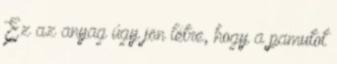
Ez az anyag úgy jön létre, hogy a pamutot